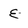
Character: E